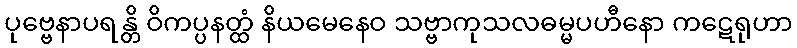
ပုဗ္ဗေနာပရန္တိ ဝိကပ္ပနတ္ထံ နိယမေနေဝ သဗ္ဗာကုသလဓမ္မပဟီနော ကဋေရုဟာ